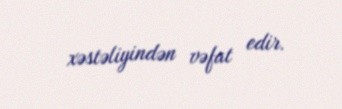
xəstəliyindən vəfat edir.